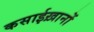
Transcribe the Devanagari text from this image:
कसाईख़ानों